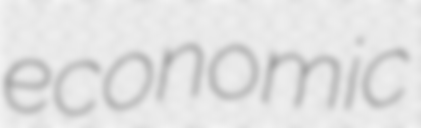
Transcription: economic